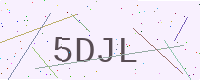
Text: 5DJL